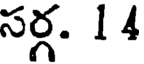
సర్గ. 14